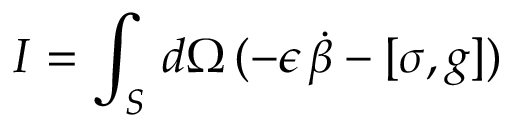
I = \int _ { S } \, d \Omega \, ( - \epsilon \, \dot { \beta } - [ \sigma , g ] )